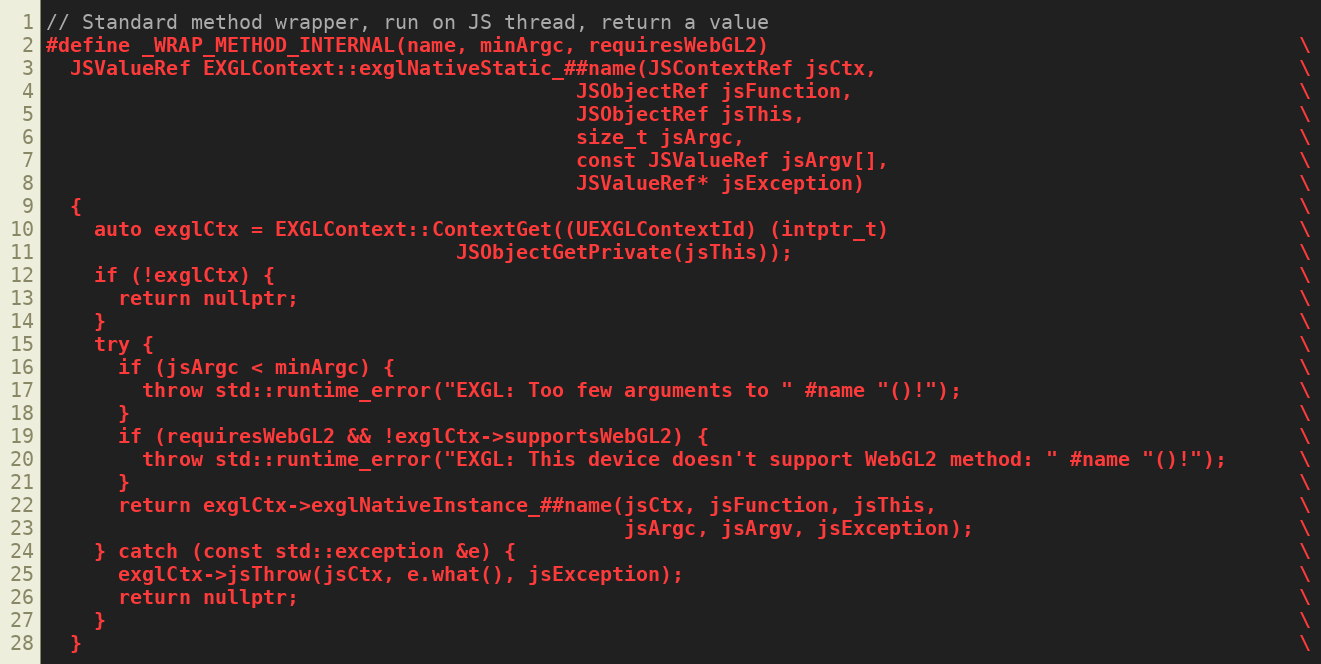
Language: C++
// Standard method wrapper, run on JS thread, return a value
#define _WRAP_METHOD_INTERNAL(name, minArgc, requiresWebGL2)                                            \
  JSValueRef EXGLContext::exglNativeStatic_##name(JSContextRef jsCtx,                                   \
                                            JSObjectRef jsFunction,                                     \
                                            JSObjectRef jsThis,                                         \
                                            size_t jsArgc,                                              \
                                            const JSValueRef jsArgv[],                                  \
                                            JSValueRef* jsException)                                    \
  {                                                                                                     \
    auto exglCtx = EXGLContext::ContextGet((UEXGLContextId) (intptr_t)                                  \
                                  JSObjectGetPrivate(jsThis));                                          \
    if (!exglCtx) {                                                                                     \
      return nullptr;                                                                                   \
    }                                                                                                   \
    try {                                                                                               \
      if (jsArgc < minArgc) {                                                                           \
        throw std::runtime_error("EXGL: Too few arguments to " #name "()!");                            \
      }                                                                                                 \
      if (requiresWebGL2 && !exglCtx->supportsWebGL2) {                                                 \
        throw std::runtime_error("EXGL: This device doesn't support WebGL2 method: " #name "()!");      \
      }                                                                                                 \
      return exglCtx->exglNativeInstance_##name(jsCtx, jsFunction, jsThis,                              \
                                                jsArgc, jsArgv, jsException);                           \
    } catch (const std::exception &e) {                                                                 \
      exglCtx->jsThrow(jsCtx, e.what(), jsException);                                                   \
      return nullptr;                                                                                   \
    }                                                                                                   \
  }                                                                                                     \